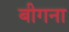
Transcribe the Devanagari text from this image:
बीगना